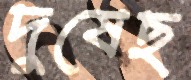
দুষেছ